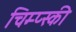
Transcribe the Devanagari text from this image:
चिम्प्स्की